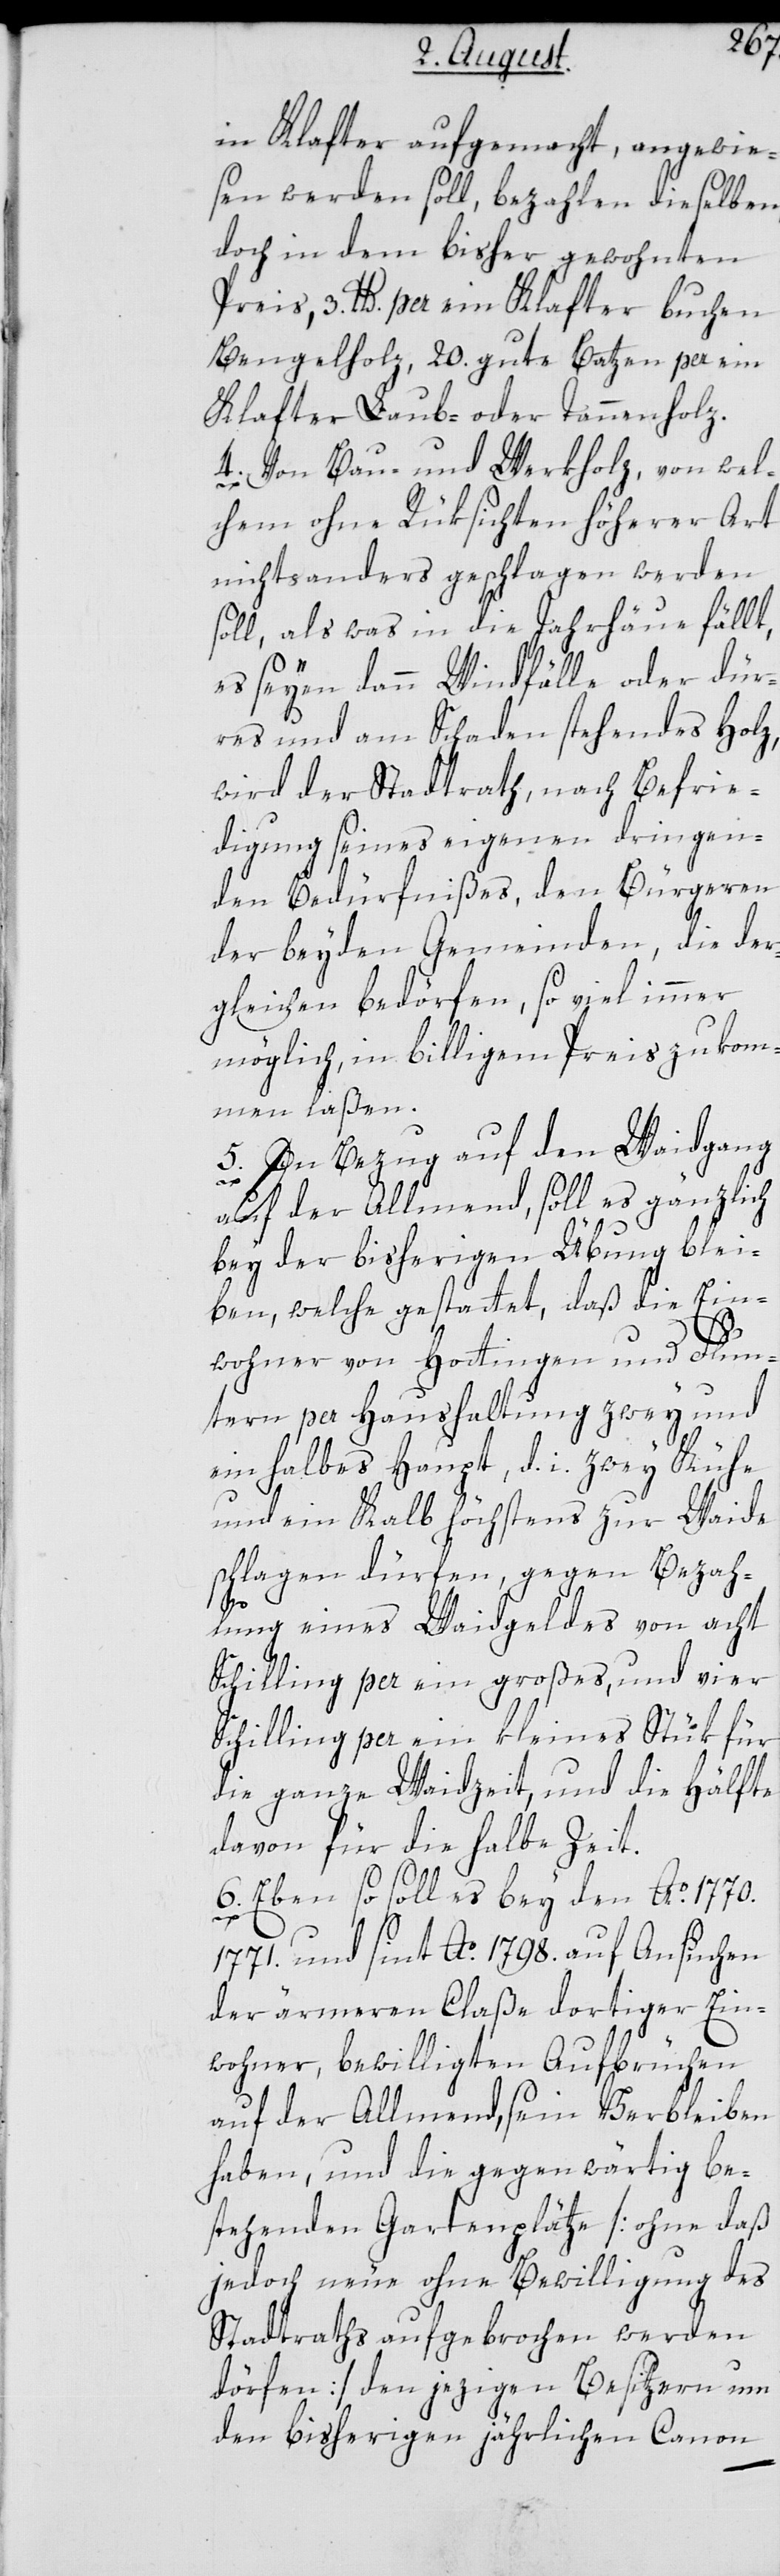
in Klafter aufgemacht, angewie¬
sen werden soll, bezahlen dieselben,
doch in dem bisher gewohnten
Preis, 3. lb. per ein Klafter buchen
Bengelholz, 20. gute Batzen per ein
Klafter Laub- oder Tannenholz.
4. Von Bau- und Werkholz, von wel¬
chem ohne Rüksichten höherer Art
nichts anders geschlagen werden
soll, als was in die Jahrhäue fällt,
es seyen dann Windfälle oder dür¬
res und am Schaden stehendes Holz,
wird der Stadtrath, nach Befrie¬
digung seines eigenen dringen¬
den Bedürfnißes, den Bürgeren
der beyden Gemeinden, die der¬
gleichen bedörfen, so viel immer
möglich, in billigem Preis zukom¬
men laßen.
5. In Bezug auf den Waidgang
auf der Allmend, soll es gänzlich
bey der bisherigen Übung blei¬
ben, welche gestattet, daß die Ein¬
wohner von Hottingen und Flun¬
tern per Haushaltung zwey und
ein halbes Haupt, d. i. zwey Kühe
und ein Kalb höchstens zur Waide
schlagen dürfen, gegen Bezah¬
lung eines Waidgeldes von acht
Schilling per ein großes, und vier
Schilling per ein kleines Stük für
die ganze Waidzeit, und die Hälfte
davon für die halbe Zeit.
6. Eben so soll es bey den Ao. 1770.
1771. und sint Ao. 1798. auf Ansuchen
der ärmeren Claße dortiger Ein¬
wohner, bewilligten Aufbrüchen
auf der Allmend, sein Verbleiben
haben, und die gegenwärtig be¬
stehenden Gartenplätze [ohne daß
jedoch neue ohne Bewilligung des
Stadtraths aufgebrochen werden
dörfen] den jezigen Besitzern um
den bisherigen jährlichen Canon